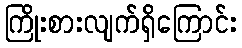
ကြိုးစားလျက်ရှိကြောင်း